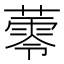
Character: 蕶